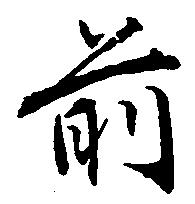
前